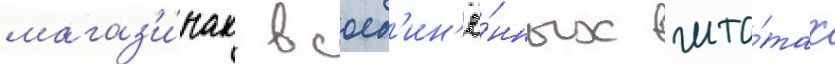
магаз'и́нах в соед'ин'ё́нных шта́тах